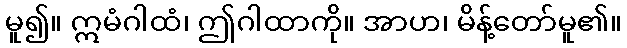
မူ၍။ ဣမံဂါထံ၊ ဤဂါထာကို။ အာဟ၊ မိန့်တော်မူ၏။